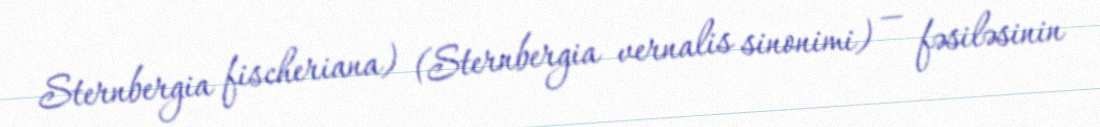
Sternbergia fischeriana) (Sternbergia vernalis sinonimi) — fəsiləsinin